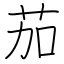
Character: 茄